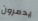
يدمرون